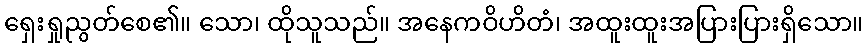
ရှေးရှုညွတ်စေ၏။ သော၊ ထိုသူသည်။ အနေကဝိဟိတံ၊ အထူးထူးအပြားပြားရှိသော။